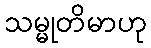
သမ္မုတိမာဟု